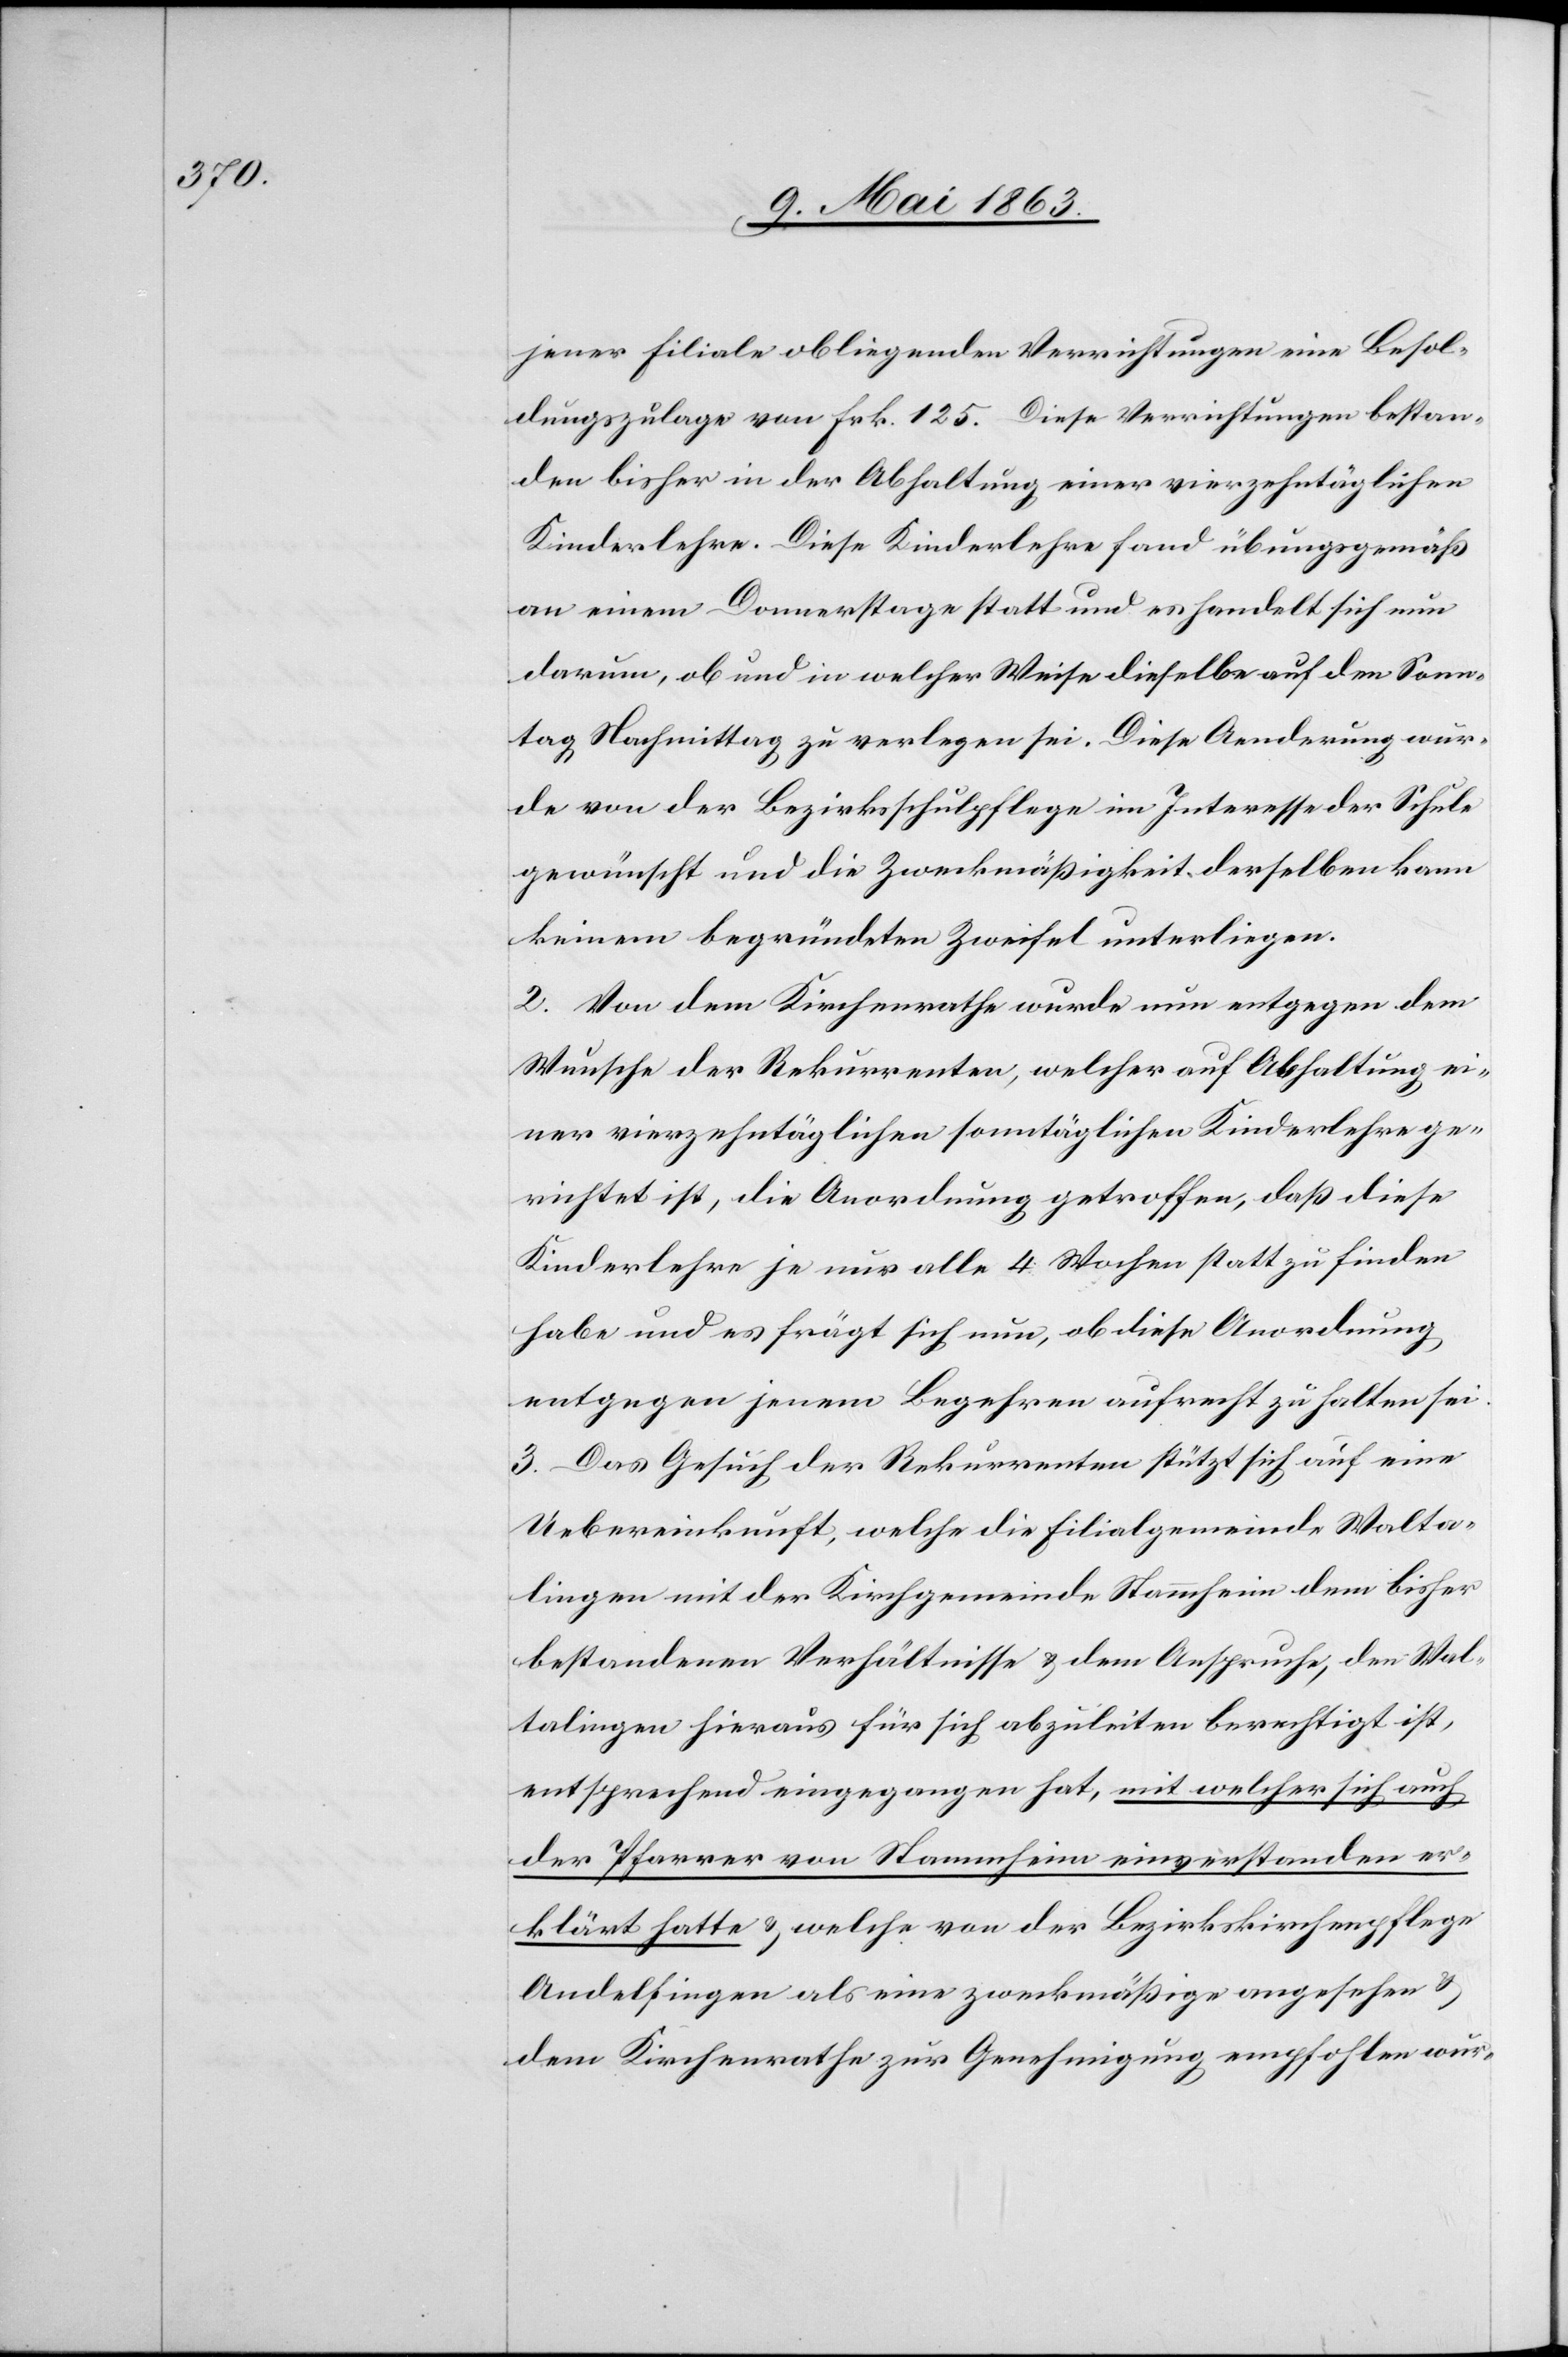
jener Filiale obliegenden Verrichtungen eine Besol¬
dungszulage von Frk. 125. Diese Verrichtungen bestan¬
den bisher in der Abhaltung einer vierzehntäglichen
Kinderlehre. Diese Kinderlehre fand übungsgemäß
an einem Donnerstage statt und es handelt sich nun
darum, ob und in welcher Weise dieselbe auf den Sonn¬
tag Nachmittag zu verlegen sei. Diese Aenderung wür¬
de von der Bezirksschulpflege im Interesse der Schule
gewünscht und die Zweckmäßigkeit derselben kann
keinem begründeten Zweifel unterliegen.
2. Von dem Kirchenrathe wurde nun entgegen dem
Wunsche der Rekurrenten, welcher auf Abhaltung ei¬
ner vierzehntäglichen sonntäglichen Kinderlehre ge¬
richtet ist, die Anordnung getroffen, daß diese
Kinderlehre je nur alle 4 Wochen statt zu finden
habe und es frägt sich nun, ob diese Anordnung
entgegen jenem Begehren aufrecht zu halten sei.
3. Das Gesuch der Rekurrenten stützt sich auf eine
Uebereinkunft, welche die Filialgemeinde Walta¬
lingen mit der Kirchgemeinde Stammheim dem bisher
bestandenen Verhältnisse & dem Anspruche, den Wal¬
talingen hieraus für sich abzuleiten berechtigt ist,
entsprechend eingegangen hat, mit welcher sich auch
der Pfarrer von Stammheim einverstanden er¬
klärt hatte & welche von der Bezirkskirchenpflege
Andelfingen als eine zweckmäßige angesehen &
dem Kirchenrathe zur Genehmigung empfohlen wur